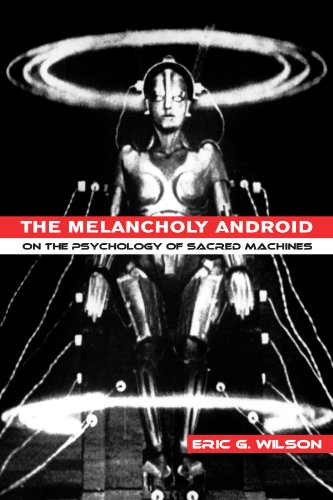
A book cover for The Melancholy Android: On the Psychology of Sacred Machines; Eric G. Wilson; Computers & Technology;